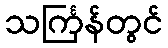
သင်္ကြန်တွင်